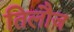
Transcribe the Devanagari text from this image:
तिलौज